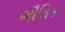
ભૌતિક